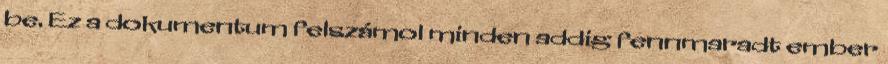
be. Ez a dokumentum felszámol minden addig fennmaradt ember